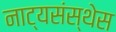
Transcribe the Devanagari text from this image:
नाट्यसंस्थेस